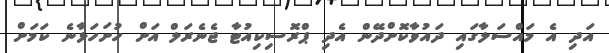
އަދި އެ މައްސަލާގައި ދައުވާކޮށްދޭން އެދި ޕްރޮސިކިއުޓާ ޖެނެރަލް އަށް ހުށަހަޅާނެ ކަމަށް